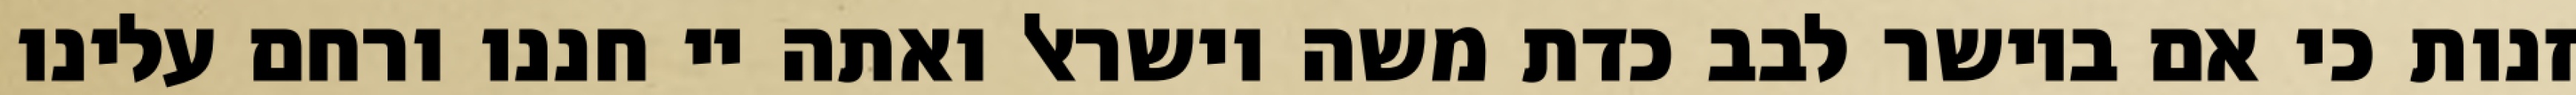
זנות כי אם ביושר לבב כדת משה וישראל ואתה יי חננו ורחם עלינו